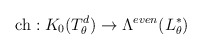
\begin{align*}{\rm ch} : K_{0}(T_{\theta}^{d}) \to \Lambda^{even}(L^{*}_{\theta})\end{align*}